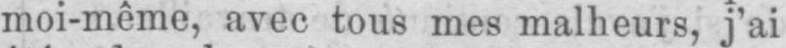
moi-même, avec tous mes malheurs, j’ai